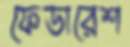
ফেডারেশ